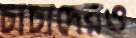
চাচাদেরও